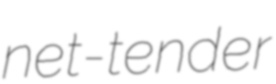
net-tender